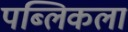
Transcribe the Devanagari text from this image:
पब्लिकला